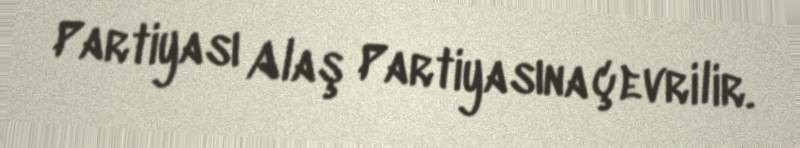
Partiyası Alaş Partiyasına çevrilir.